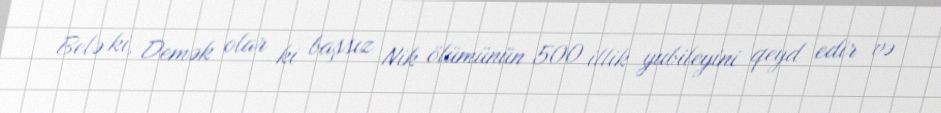
Belə ki, Demək olar ki başsız Nik ölümünün 500 illik yubileyini qeyd edir və